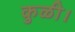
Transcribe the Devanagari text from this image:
कुळी।